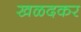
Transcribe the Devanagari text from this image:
खळदकर